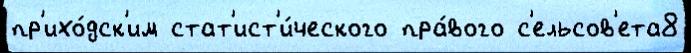
пр'ихо́дск'им стат'ист'и́ческого пра́вого с'ельсов'ета8